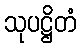
သုပဋ္ဌိတံ